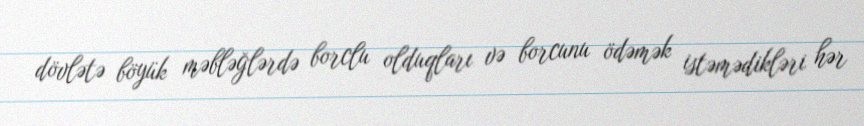
dövlətə böyük məbləğlərdə borclu olduqları və borcunu ödəmək istəmədikləri hər